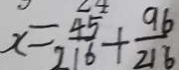
x = \frac { 4 5 } { 2 1 6 } + \frac { 9 6 } { 2 1 6 }